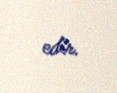
edir.